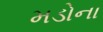
મડોના